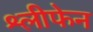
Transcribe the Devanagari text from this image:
श्लीफेन